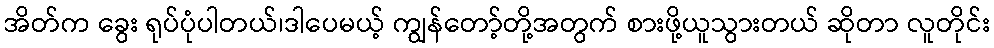
အိတ်က ခွေး ရုပ်ပုံပါတယ်၊ဒါပေမယ့် ကျွန်တော့်တို့အတွက် စားဖို့ယူသွားတယ် ဆိုတာ လူတိုင်း